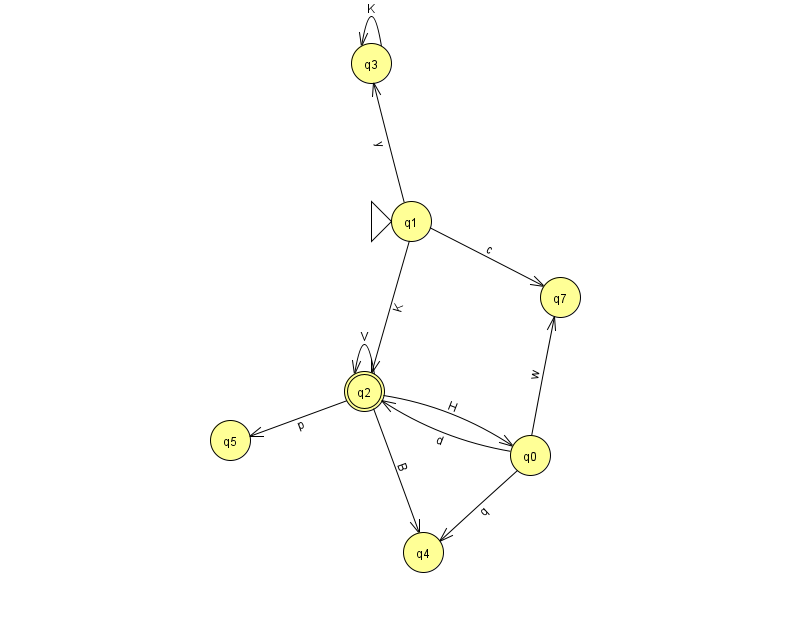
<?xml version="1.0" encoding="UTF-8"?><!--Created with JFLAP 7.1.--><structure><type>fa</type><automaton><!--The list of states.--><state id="0" name="q0"><x>530.0</x><y>442.0</y></state><state id="1" name="q1"><x>411.0</x><y>208.0</y><initial/></state><state id="2" name="q2"><x>364.0</x><y>378.0</y><final/></state><state id="3" name="q3"><x>371.0</x><y>50.0</y></state><state id="4" name="q4"><x>423.0</x><y>539.0</y></state><state id="5" name="q5"><x>230.0</x><y>427.0</y></state><state id="7" name="q7"><x>560.0</x><y>284.0</y></state><!--The list of transitions.--><transition><from>1</from><to>2</to><read>K</read></transition><transition><from>1</from><to>3</to><read>y</read></transition><transition><from>2</from><to>0</to><read>H</read></transition><transition><from>2</from><to>2</to><read>V</read></transition><transition><from>2</from><to>5</to><read>p</read></transition><transition><from>0</from><to>4</to><read>q</read></transition><transition><from>1</from><to>7</to><read>c</read></transition><transition><from>0</from><to>2</to><read>d</read></transition><transition><from>0</from><to>7</to><read>w</read></transition><transition><from>2</from><to>4</to><read>B</read></transition><transition><from>3</from><to>3</to><read>K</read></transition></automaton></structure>